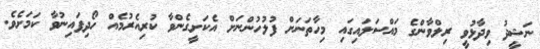
ނަޝީދު ވިދާޅުވީ ރިލްވާންގެ މައްސަލައިގައި މިހާތަނަށް ފުލުހުންނަށް އެކަށީގެންވާ ކުރިއެރުމެއް ހޯދިފައިނުވާ ކަމަށެވެ.